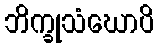
ဘိက္ခုသံဃောပိ